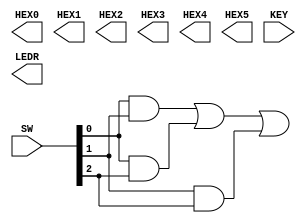

//=======================================================
//  This code is generated by Terasic System Builder
//=======================================================

module majority(

	//////////// SEG7 //////////
	output		     [7:0]		HEX0,
	output		     [7:0]		HEX1,
	output		     [7:0]		HEX2,
	output		     [7:0]		HEX3,
	output		     [7:0]		HEX4,
	output		     [7:0]		HEX5,

	//////////// KEY //////////
	input 		     [1:0]		KEY,

	//////////// LED //////////
	output		     [9:0]		LEDR,

	//////////// SW //////////
	input 		     [9:0]		SW
);



//=======================================================
//  REG/WIRE declarations
//=======================================================




//=======================================================
//  Structural coding
//=======================================================
assign LEDR[1] = (SW[0]&SW[1]) | (SW[0]&SW[2]) | (SW[1]&SW[2]);


endmodule